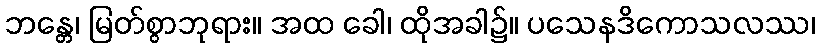
ဘန္တေ၊ မြတ်စွာဘုရား။ အထ ခေါ၊ ထိုအခါ၌။ ပသေနဒိကောသလဿ၊